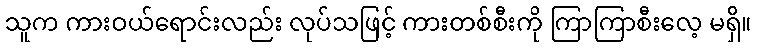
သူက ကားဝယ်ရောင်းလည်း လုပ်သဖြင့် ကားတစ်စီးကို ကြာကြာစီးလေ့ မရှိ။